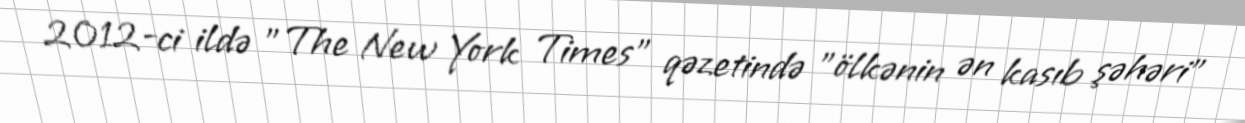
2012-ci ildə "The New York Times" qəzetində "ölkənin ən kasıb şəhəri"